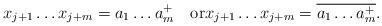
LaTeX: \begin{align*}x_{j+1}\ldots x_{j+m}=a_1\ldots a_m^+\quad\textrm{or}x_{j+1}\ldots x_{j+m}=\overline{a_1\ldots a_m^+}.\end{align*}